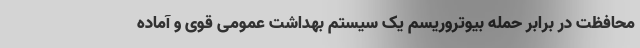
محافظت در برابر حمله بیوتروریسم یک سیستم بهداشت عمومی قوی و آماده